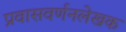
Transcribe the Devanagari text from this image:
प्रवासवर्णनलेखक